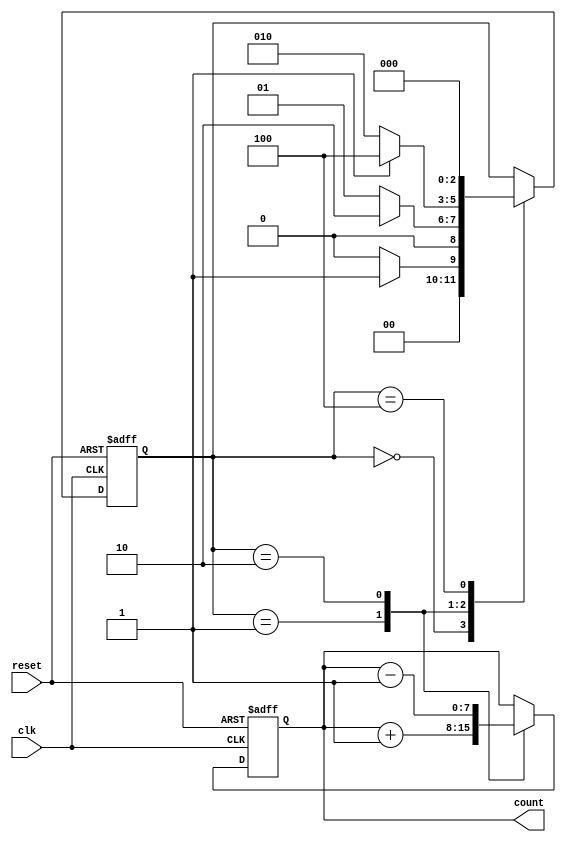
module loop_with_condition(
    input wire clk,
    input wire reset,  
    output reg [7:0] count
);

reg [2:0] state;

always @(posedge clk or posedge reset) begin
    if (reset) begin
        state <= 3'b000;
        count <= 8'b0;
    end else begin
        case(state)
            3'b000: begin
                if (condition1) begin
                    state <= 3'b001;
                end else begin
                    state <= 3'b000;
                end
            end
            3'b001: begin
                // Execute code block for state 1
                count <= count + 8'b1;
                if (condition2) begin
                    state <= 3'b010;
                end else begin
                    state <= 3'b001;
                end
            end
            3'b010: begin
                // Execute code block for state 2
                count <= count - 8'b1;
                if (condition3) begin
                    state <= 3'b100;
                end else begin
                    state <= 3'b010;
                end
            end
            3'b100: begin
                // Execute code block for state 3
                state <= 3'b000;
            end
        endcase
    end
end
endmodule